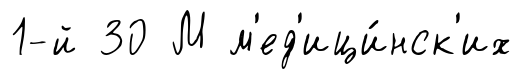
1-й 30 М м'ед'ици́нск'их